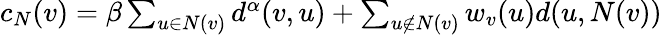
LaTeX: \begin{array}{r}{c_{N}(v)=\beta\sum_{u\in N(v)}d^{\alpha}(v,u)+\sum_{u\notin N(v)}w_{v}(u)d(u,N(v))}\end{array}